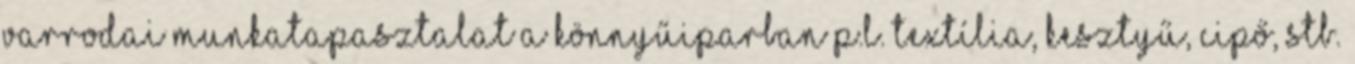
Varrodai munkatapasztalat a könnyűiparban p.l. textília, kesztyű, cipő, stb.